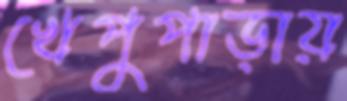
খেপুপাড়ায়